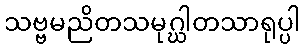
သဗ္ဗမညိတသမုဂ္ဃါတသာရုပ္ပါ